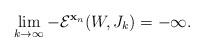
LaTeX: \begin{align*}\lim_{k \to \infty} -\mathcal{E}^{\mathbf{x}_n}(W,J_k) = - \infty.\end{align*}